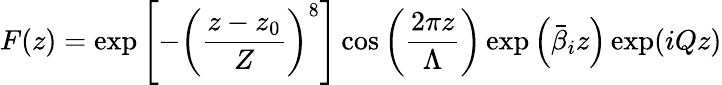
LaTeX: F(z)=\exp\left[-\left(\frac{z-z_{0}}{Z}\right)^{8}\right]\cos\left(\frac{2\pi z}{\Lambda}\right)\exp\left(\bar{\beta}_{i}z\right)\exp(iQz)